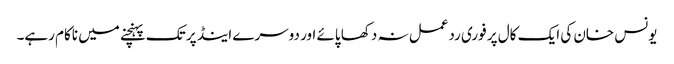
یونس خان کی ایک کال پر فوری ردعمل نہ دکھا پائے اور دوسرے اینڈ پر تک پہنچنے میں ناکام رہے۔